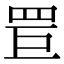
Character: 𦊐